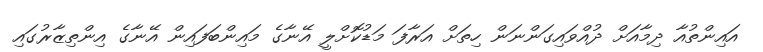
އައިންތުއާ ދިމާއަށް ދުއްވައިގަންނަން ހިތަށް އަރާފަ މަޑުކޮށްލީ އޭނާގެ މައިންބަފައިން އޭނާގެ އިންތިޒާރުގައި